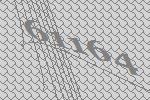
61164